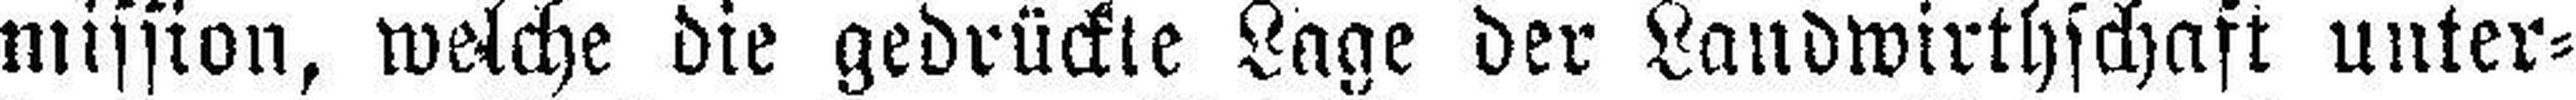
mission, welche die gedrückte Lage der Landwirthschaft unter¬